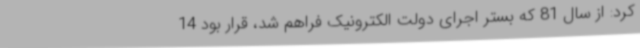
کرد: از سال 81 که بستر اجرای دولت الکترونیک فراهم شد، قرار بود 14